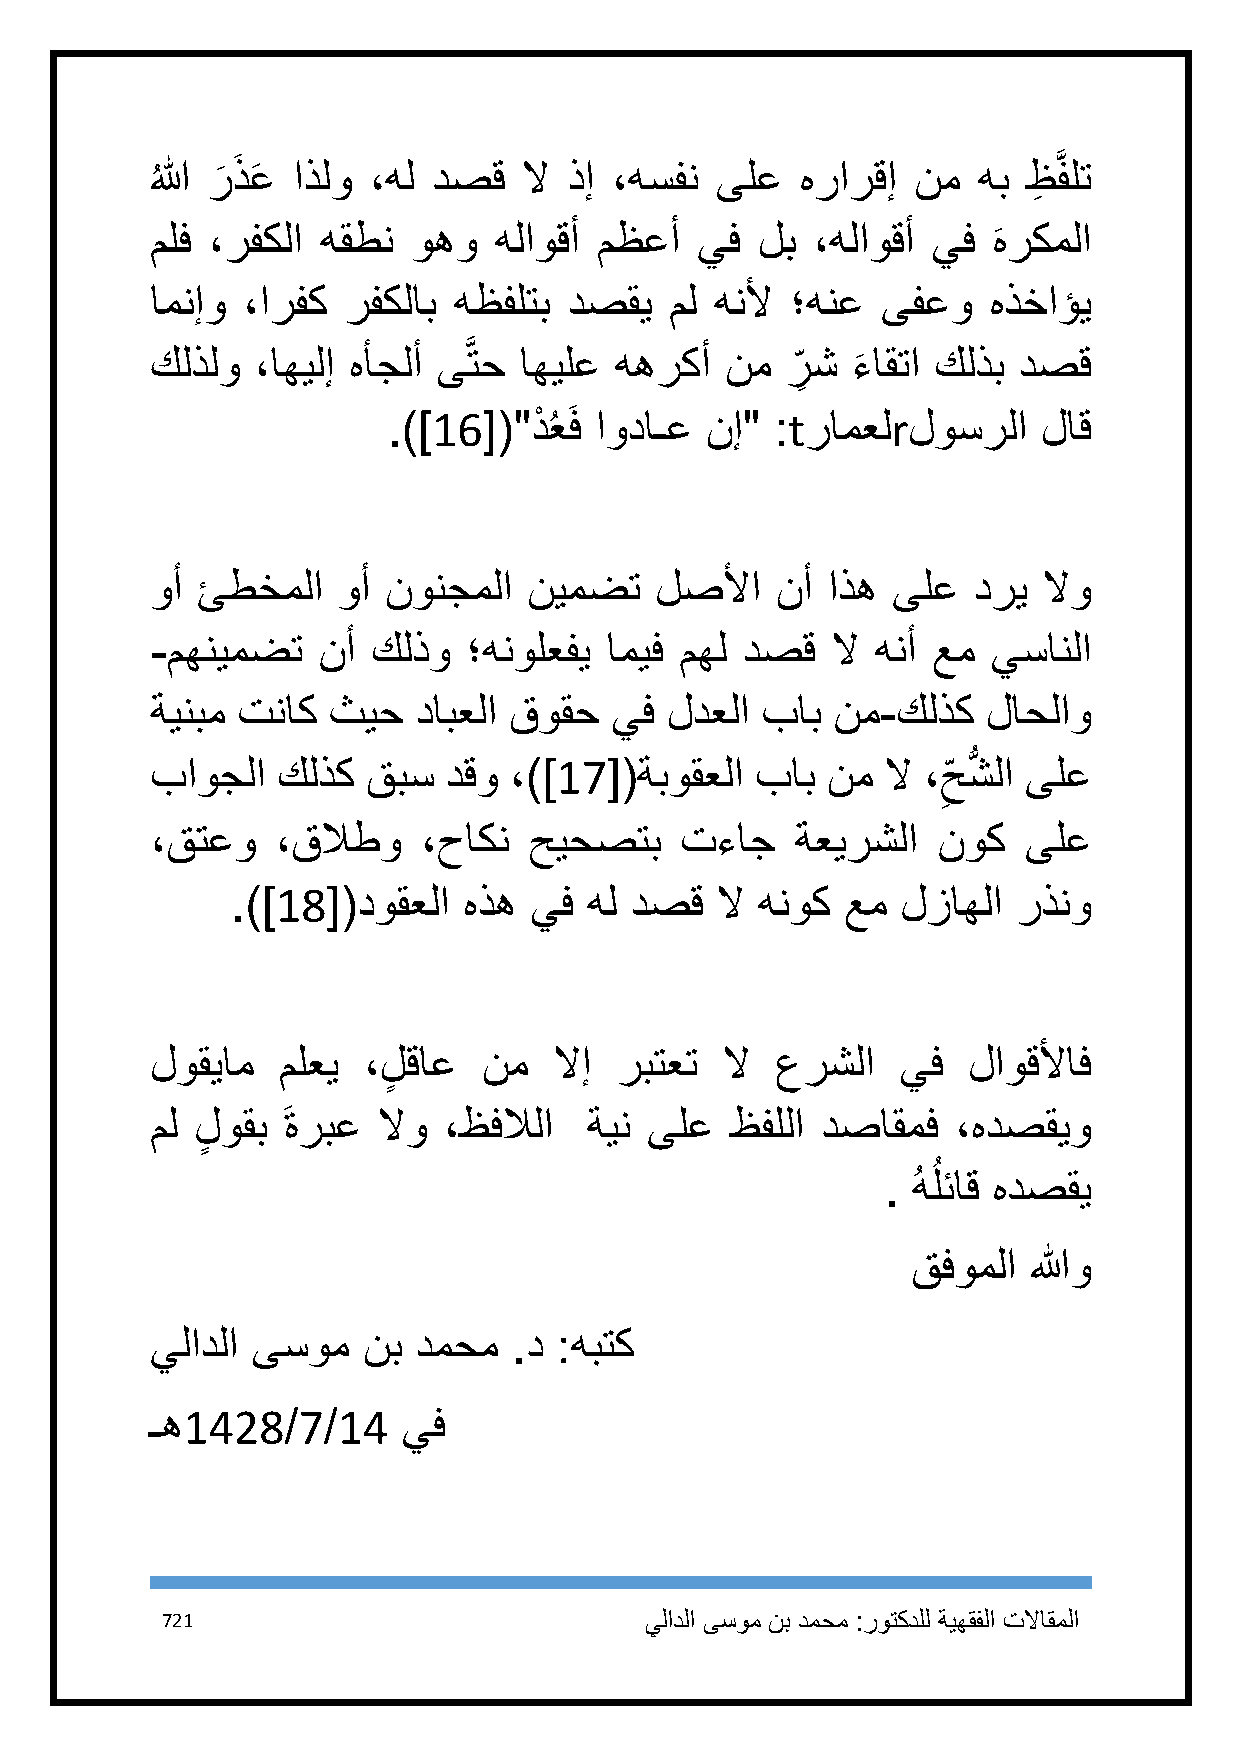
ُ
 الله ر
 َ
 ذَ عَ اذلو ،هل دصق  لا ذإ ،هسفن ىلع   هرارقإ  نم  هب ظِ َّفلت
 ملف ،رفكلا هقطن  وهو   هلاوقأ مظعأ  يف  لب  ،هلاوقأ يف  هركملا
 َ
 امنإو ،ارفك  رفكلاب هظفلتب  دصقي  مل هنلأ ؛هنع  ىفعو   هذخاؤي
 كلذلو  ،اهيلإ هأجلأ ىَّتح اهيلع ههركأ نم  ر
 ِ
 ش ء
 َ
 اقتا كلذب دصق
 .)]16[(" دْ ُعَف اوداـع نإ" :tرامعلrلوسرلا لاق
 وأ ئطخملا   وأ نونجملا   نيمضت   لصلأا   نأ  اذه ىلع  دري  لاو
 -مهنيمضت   نأ  كلذو  ؛هنولعفي اميف مهل دصق   لا هنأ عم  يسانلا
 ةينبم تناك  ثيح   دابعلا قوقح يف  لدعلا باب  نم-كلذك   لاحلاو
 باوجلا  كلذك  قبس   دقو ،)]17[(ةبوقعلا  باب  نم  لا ،ح شُّ لا ىلع
 ِ
 ،قتعو   ،قلاطو    ،حاكن  حيحصتب    تءاج    ةعيرشلا  نوك   ىلع
 .)]18[(دوقعلا   هذه يف  هل دصق  لا هنوك  عم  لزاهلا رذنو
 لوقيام  ملعي  ،لٍ قاع نم   لاإ ربتعت  لا عرشلا    يف  لاوقلأاف
 مل لٍ وقب َ ةربع لاو ،ظفلالا ةين ىلع  ظفللا دصاقمف   ،هدصقيو
 ُ
 . ُ هلئاق هدصقي
 قفوملا  اللهو
 يلادلا ىسوم   نب دمحم   .د :هبتك
 ـه1428/7/14      يف
 721                             يلادلا ىسوم نب دمحم :روتكدلل ةيهقفلا تلااقملا